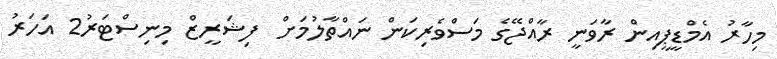
މިހާރު އެމްޑީޕީއިން ރާވަނީ ރާއްޖޭގެ މަސްވެރިކަން ނައްތާލުމަށް  ފިޝަރީޒް މިނިސްޓަރު2 އަހަރު